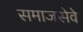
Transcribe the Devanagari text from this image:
समाजसेवे